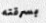
بسرقته